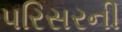
પરિસરની